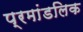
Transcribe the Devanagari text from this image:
प्रमांडलिक